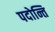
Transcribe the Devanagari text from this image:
पदोन्ति